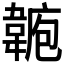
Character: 𩎾